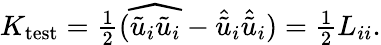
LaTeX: \begin{array}{r}{K_{\mathrm{test}}=\frac{1}{2}(\widehat{\tilde{u}_{i}\tilde{u}_{i}}-\hat{\tilde{u}}_{i}\hat{\tilde{u}}_{i})=\frac{1}{2}L_{ii}.}\end{array}